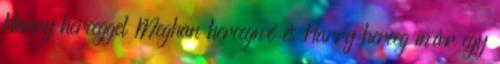
Harry herceggel Meghan hercegné és Harry herceg már egy